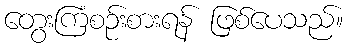
တွေးကြံစဉ်းစားရန် ဖြစ်ပေသည်။